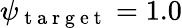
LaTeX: \psi_{\mathrm{~t~a~r~g~e~t~}}=1.0